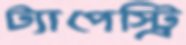
ট্যাপেস্ট্রি